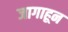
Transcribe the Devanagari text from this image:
जागाहून